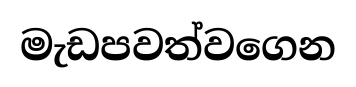
මැඩපවත්වගෙන